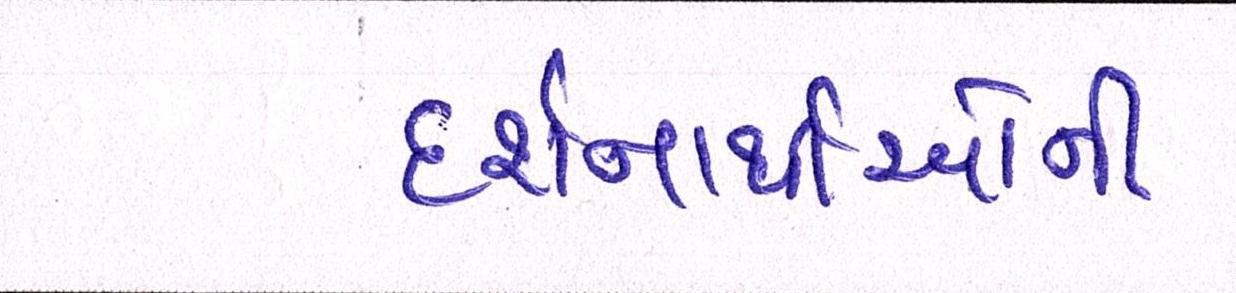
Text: દર્શનાર્થીઓની